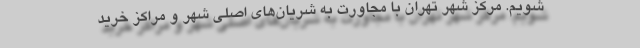
شویم. مرکز شهر تهران با مجاورت به شریان‌های اصلی شهر و مراکز خرید